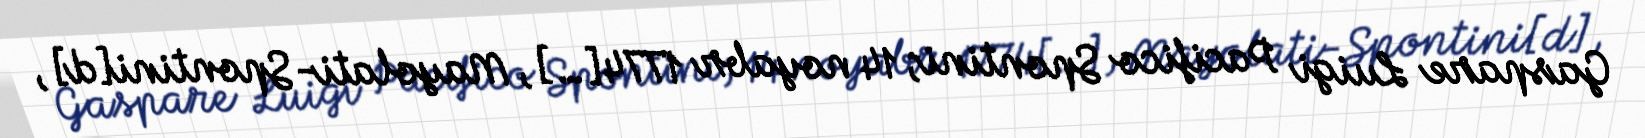
Gaspare Luigi Pacifico Spontini; 14 noyabr 1774[…], Mayolati-Spontini[d],